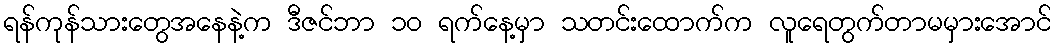
ရန်ကုန်သားတွေအနေနဲ့က ဒီဇင်ဘာ ၁၀ ရက်နေ့မှာ သတင်းထောက်က လူရေတွက်တာမမှားအောင်